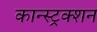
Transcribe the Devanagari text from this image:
कान्स्ट्रक्शन